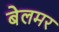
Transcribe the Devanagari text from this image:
बेलमर